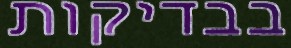
בבדיקות